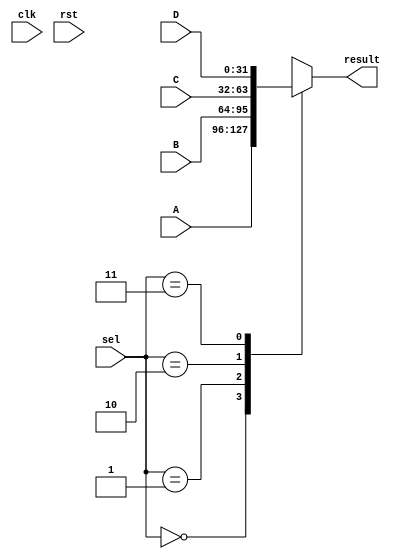
//Copyright 2020 Marco Merlini. This file is part of the fpga-bpf project,
//whose license information can be found at 
//https://github.com/UofT-HPRC/fpga-bpf/blob/master/LICENSE

`timescale 1ns / 1ps

/*

mux_tree_node.v

Basically just a 4-MUX, but you can configure whether or not the delay is 
enabled.

Meant to be part of a pipelined multiplexer

*/

`define genif generate if
`define endgen end endgenerate

//I use logic where I intend combinational behaviour, but verilog forces me to
//use reg for syntax
`define logic reg

module mux_tree_node # (
    parameter WIDTH = 32,
    parameter ENABLE_DELAY = 0
) (
    input wire [1:0] sel,
    input wire [WIDTH-1:0] A, 
    input wire [WIDTH-1:0] B, 
    input wire [WIDTH-1:0] C, 
    input wire [WIDTH-1:0] D,
    output wire [WIDTH-1:0] result,
    
    //Only used if delay is enabled
    input wire clk,
    input wire rst
);
    
    `logic [WIDTH-1:0] result_i;
    
    always @(*) begin
        case(sel)
            2'b00:
                result_i <= A;
            2'b01:
                result_i <= B;
            2'b10:
                result_i <= C;
            2'b11:
                result_i <= D;
        endcase
    end
    
`genif (ENABLE_DELAY) begin
    reg [WIDTH-1:0] result_r = 0;
    always @(posedge clk) begin
        if (rst) begin
            result_r <= 0;
        end else begin
            result_r <= result_i;
        end
    end
    assign result = result_r;
end else begin
    assign result = result_i;
`endgen
    
endmodule

`undef genif
`undef endgen